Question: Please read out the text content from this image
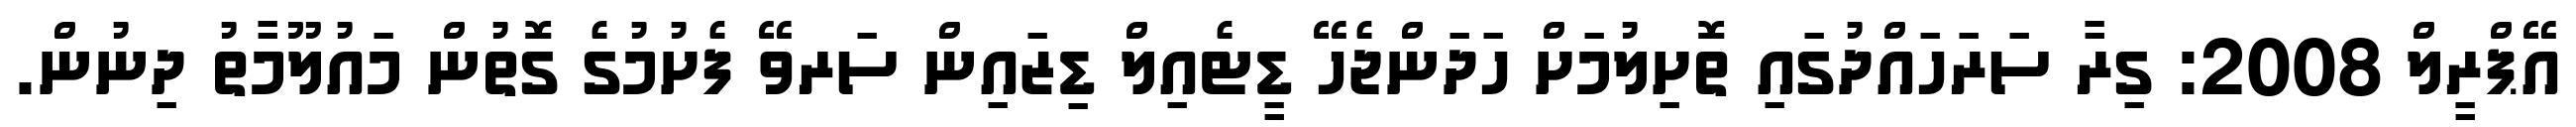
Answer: އޭޕްރީލް 2008: ގިރާ ސަރަހައްދުގައި ތޮށިލުމަށް ހަދަންޖެހޭ ޑީޓެއިލް ޑިޒައިން ސަރވޭ ފެށުމުގެ ގޮތުން މައުލޫމާތު ދިނުން.